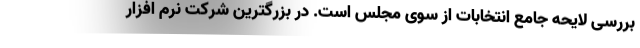
بررسی لایحه جامع انتخابات از سوی مجلس است. در بزرگترین شرکت نرم افزار